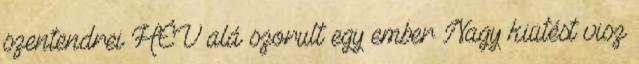
szentendrei HÉV alá szorult egy ember Nagy kiütést visz